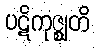
ပဋိကုဇ္ဈတိ